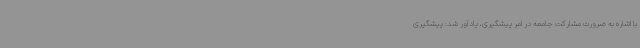
با اشاره به ضرورت مشارکت جامعه در امر پیشگیری، یادآور شد: پیشگیری